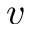
v